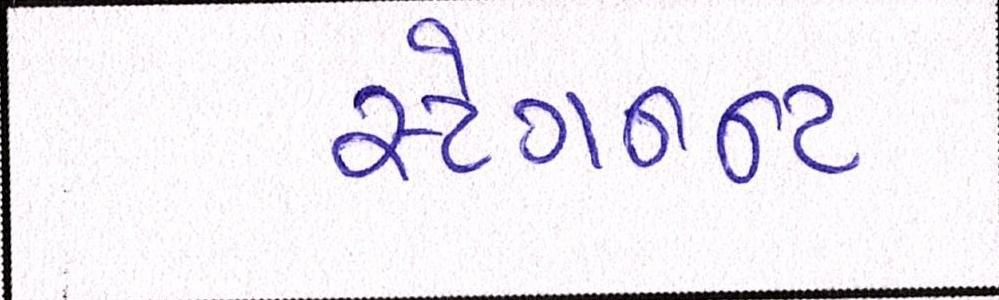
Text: સ્ટેગનન્ટ